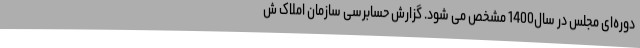
دوره‌ای مجلس در سال1400 مشخص می شود. گزارش حسابرسی سازمان املاک ش